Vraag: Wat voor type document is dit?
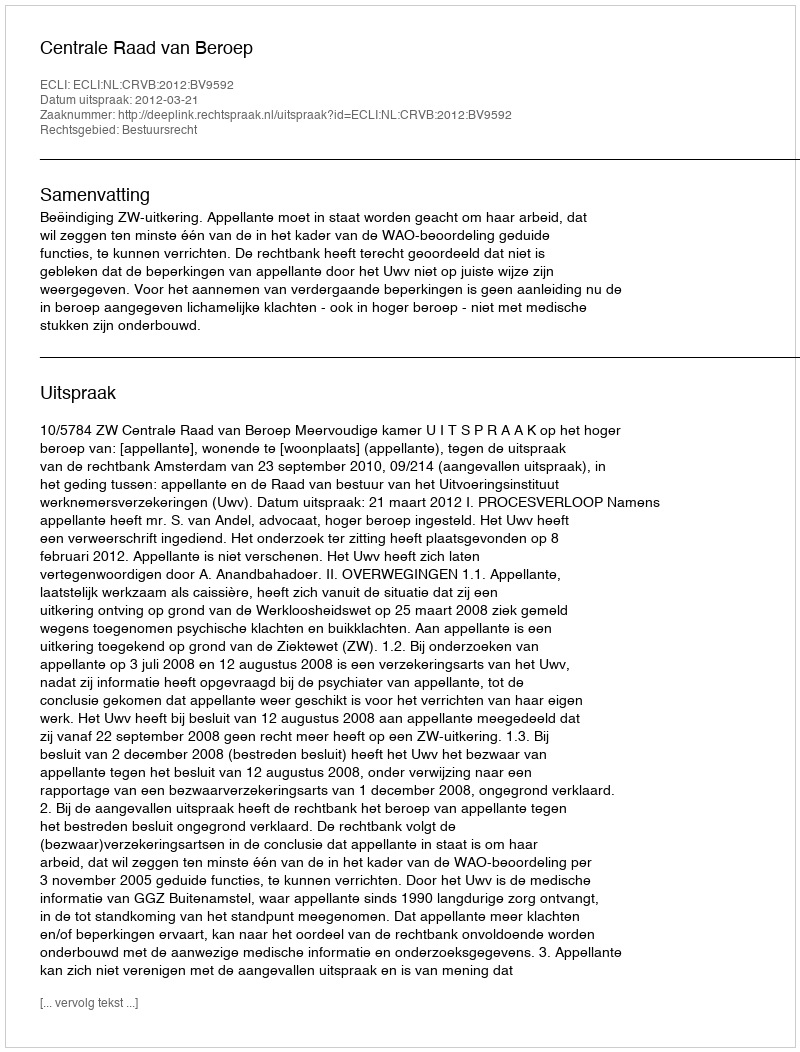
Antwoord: Uitspraak